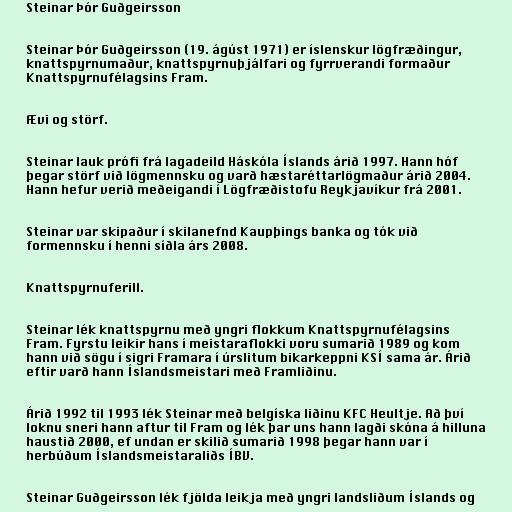
Steinar Þór Guðgeirsson

Steinar Þór Guðgeirsson (19. ágúst 1971) er íslenskur lögfræðingur,
knattspyrnumaður, knattspyrnuþjálfari og fyrrverandi formaður
Knattspyrnufélagsins Fram.

Ævi og störf.

Steinar lauk prófi frá lagadeild Háskóla Íslands árið 1997. Hann hóf
þegar störf við lögmennsku og varð hæstaréttarlögmaður árið 2004.
Hann hefur verið meðeigandi í Lögfræðistofu Reykjavíkur frá 2001.

Steinar var skipaður í skilanefnd Kaupþings banka og tók við
formennsku í henni síðla árs 2008.

Knattspyrnuferill.

Steinar lék knattspyrnu með yngri flokkum Knattspyrnufélagsins
Fram. Fyrstu leikir hans í meistaraflokki voru sumarið 1989 og kom
hann við sögu í sigri Framara í úrslitum bikarkeppni KSÍ sama ár. Árið
eftir varð hann Íslandsmeistari með Framliðinu.

Árið 1992 til 1993 lék Steinar með belgíska liðinu KFC Heultje. Að því
loknu sneri hann aftur til Fram og lék þar uns hann lagði skóna á hilluna
haustið 2000, ef undan er skilið sumarið 1998 þegar hann var í
herbúðum Íslandsmeistaraliðs ÍBV.

Steinar Guðgeirsson lék fjölda leikja með yngri landsliðum Íslands og